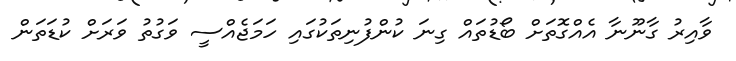
ވާއިރު ގާނޫނާ އެއްގޮތަށް ބޯޑުތައް ގިނަ ކުންފުނިތަކުގައި ހަމަޖެއްސީ ވަގުުތު ވަރަށް ކުޑަތަން